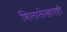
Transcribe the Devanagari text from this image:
शिलालेखातही